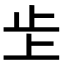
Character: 𣥌